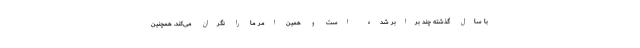
با سال گذشته چند برابر شده است و همین امر ما را نگران می‌کند. همچنین